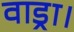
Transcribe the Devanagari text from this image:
वाड्रा।